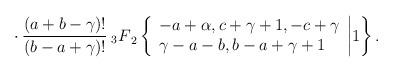
LaTeX: \begin{align*}\cdot \> \frac{(a+b-\gamma)!}{(b-a+\gamma)!}\> {_3F}_2 \left\{\begin{array}{l}-a+\alpha, c+\gamma+1, -c+\gamma \\\gamma-a-b, b-a+\gamma+1 \\\end{array}\biggr| 1 \right\}.\end{align*}